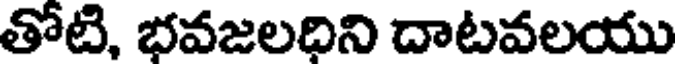
తోటి, భవజలధిని దాటవలయు